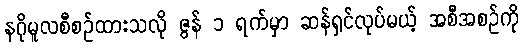
နဂိုမူလစီစဉ်ထားသလို ဇွန် ၁ ရက်မှာ ဆန်ရှင်လုပ်မယ့် အစီအစဉ်ကို